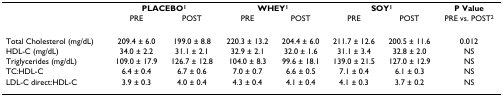
<table><thead><tr><td></td><td colspan="2"><b>PLACEBO<sup>1</sup></b></td><td colspan="2"><b>WHEY<sup>1</sup></b></td><td colspan="2"><b>SOY<sup>1</sup></b></td><td><b>P Value</b></td></tr><tr><td></td><td><b>PRE</b></td><td><b>POST</b></td><td><b>PRE</b></td><td><b>POST</b></td><td><b>PRE</b></td><td><b>POST</b></td><td><b>PRE vs. POST<sup>2</sup></b></td></tr></thead><tbody><tr><td>Total Cholesterol (mg/dL)</td><td>209.4 ± 6.0</td><td>199.0 ± 8.8</td><td>220.3 ± 13.2</td><td>204.4 ± 6.0</td><td>211.7 ± 12.6</td><td>200.5 ± 11.6</td><td>0.012</td></tr><tr><td>HDL-C (mg/dL)</td><td>34.0 ± 2.2</td><td>31.1 ± 2.1</td><td>32.9 ± 2.1</td><td>32.0 ± 1.6</td><td>31.1 ± 3.4</td><td>32.8 ± 2.0</td><td>NS</td></tr><tr><td>Triglycerides (mg/dL)</td><td>109.0 ± 17.9</td><td>126.7 ± 12.8</td><td>104.0 ± 8.3</td><td>99.6 ± 18.1</td><td>139.0 ± 21.5</td><td>127.0 ± 12.9</td><td>NS</td></tr><tr><td>TC:HDL-C</td><td>6.4 ± 0.4</td><td>6.7 ± 0.6</td><td>7.0 ± 0.7</td><td>6.6 ± 0.5</td><td>7.1 ± 0.4</td><td>6.1 ± 0.3</td><td>NS</td></tr><tr><td>LDL-C direct:HDL-C</td><td>3.9 ± 0.3</td><td>4.0 ± 0.4</td><td>4.3 ± 0.4</td><td>4.1 ± 0.4</td><td>4.1 ± 0.3</td><td>3.7 ± 0.2</td><td>NS</td></tr></tbody></table>